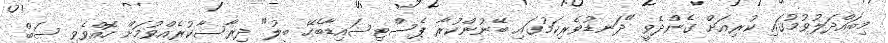
މިބައްދަލުވުމުގައި ކުރިއަށް ގެންދެވީ "ދަނޑުވެރިކަމުގައި ބޭނުންކުރާ ޕެސްޓިސައިޑާބެހޭ ބިލު" ދިރާސާކުރެއްވުމަށް ހޮއްވެވި ސަބް